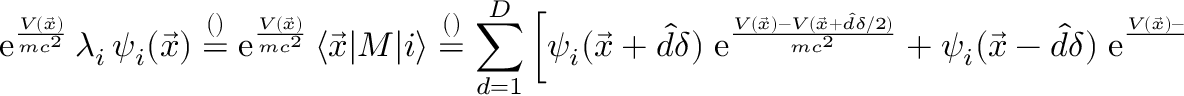
\mathrm e ^ { \frac { V ( \vec { x } ) } { m c ^ { 2 } } } \, \lambda _ { i } \, \psi _ { i } ( \vec { x } ) \overset { \footnotesize ( ) } { = } \mathrm e ^ { \frac { V ( \vec { x } ) } { m c ^ { 2 } } } \, \langle \vec { x } | M | i \rangle \overset { \footnotesize ( ) } { = } \sum _ { d = 1 } ^ { D } \left[ \psi _ { i } ( \vec { x } + \hat { d } \delta ) \; \mathrm e ^ { \frac { V ( \vec { x } ) - V ( \vec { x } + \hat { d } \delta / 2 ) } { m c ^ { 2 } } } + \psi _ { i } ( \vec { x } - \hat { d } \delta ) \; \mathrm e ^ { \frac { V ( \vec { x } ) - V ( \vec { x } - \hat { d } \delta / 2 ) } { m c ^ { 2 } } } \right] .